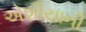
એશીયાની